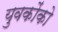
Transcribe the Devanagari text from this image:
युवकोंको